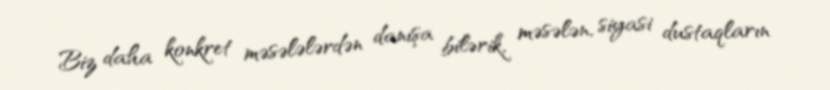
Biz daha konkret məsələlərdən danışa bilərik, məsələn, siyasi dustaqların